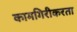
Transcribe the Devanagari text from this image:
कामगिरीकरता